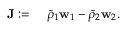
\begin{array} { r l } { \mathbf { J } : = } & { { } ~ \tilde { \rho } _ { 1 } \mathbf { w } _ { 1 } - \tilde { \rho } _ { 2 } \mathbf { w } _ { 2 } . } \end{array}